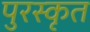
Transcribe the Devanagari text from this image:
पुरस्‍कृत